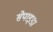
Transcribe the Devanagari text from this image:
सेपाइडा